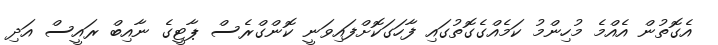
އެގޮތުން އެއްމެ މުހިންމު ކަމެއްގެގޮތުގައި ފާހަގަކޮށްފައިވަނީ ކޮންގްރެސް ޕާޓީގެ ނާއިބް ރައީސް އަދި